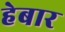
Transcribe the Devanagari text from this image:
हेबार